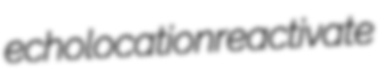
echolocation reactivate